Indian journal of veterinary science and animal husbandry - Volume 7,
Year: 1937
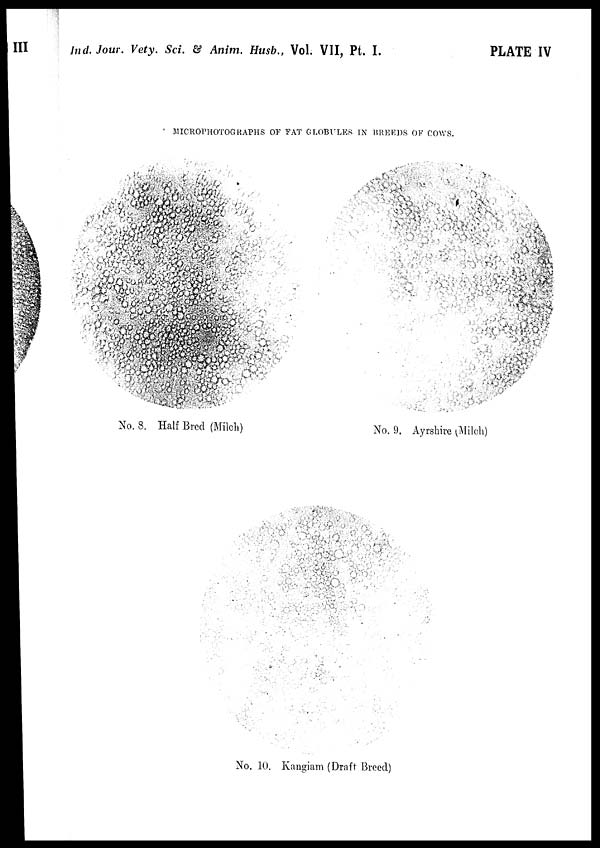
Ind. Jour. Vety. Sci. & Anim. Husb., Vol. VII, Pt. I.
PLATE IV
MICROPHOTOGRAPHS OF FAT GLOBULES IN BREEDS OF COWS.
No. 8. Half Bred (Milch)
No. 9. Ayrshire (Milch)
No. 10. Kangiam (Draft Breed)